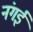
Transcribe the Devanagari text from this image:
नंगई